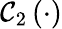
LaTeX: \mathcal{C}_{2}\left(\cdot\right)